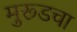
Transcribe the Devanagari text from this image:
मुरूडचा